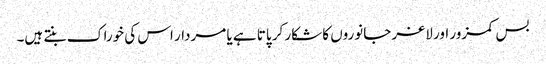
بس کمزور اور لاغر جانوروں کا شکار کر پاتا ہے یا مردار اس کی خوراک بنتے ہیں۔